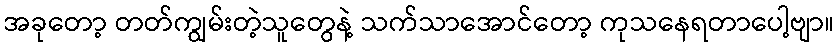
အခုတော့ တတ်ကျွမ်းတဲ့သူတွေနဲ့ သက်သာအောင်တော့ ကုသနေရတာပေါ့ဗျာ။